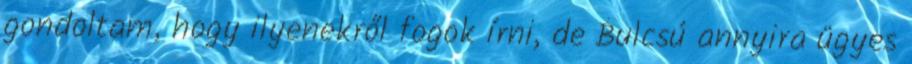
gondoltam, hogy ilyenekről fogok írni, de Bulcsú annyira ügyes